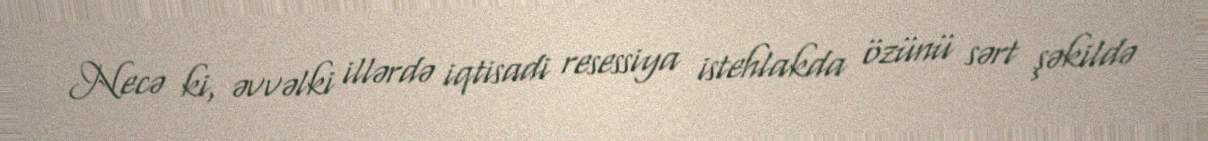
Necə ki, əvvəlki illərdə iqtisadi resessiya istehlakda özünü sərt şəkildə